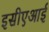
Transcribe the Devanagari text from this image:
इसीएआई